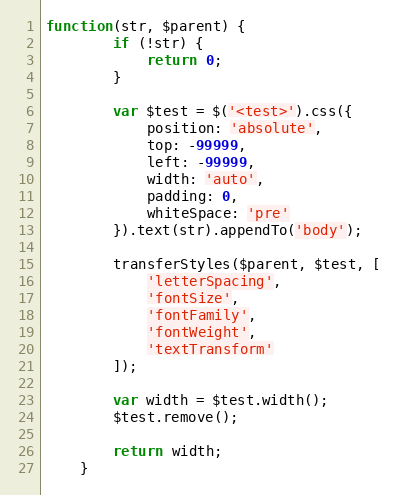
Language: JavaScript
function(str, $parent) {
		if (!str) {
			return 0;
		}

		var $test = $('<test>').css({
			position: 'absolute',
			top: -99999,
			left: -99999,
			width: 'auto',
			padding: 0,
			whiteSpace: 'pre'
		}).text(str).appendTo('body');

		transferStyles($parent, $test, [
			'letterSpacing',
			'fontSize',
			'fontFamily',
			'fontWeight',
			'textTransform'
		]);

		var width = $test.width();
		$test.remove();

		return width;
	}